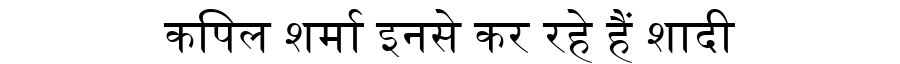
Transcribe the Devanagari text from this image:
कपिल शर्मा इनसे कर रहे हैं शादी